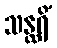
သန္ထရိံ